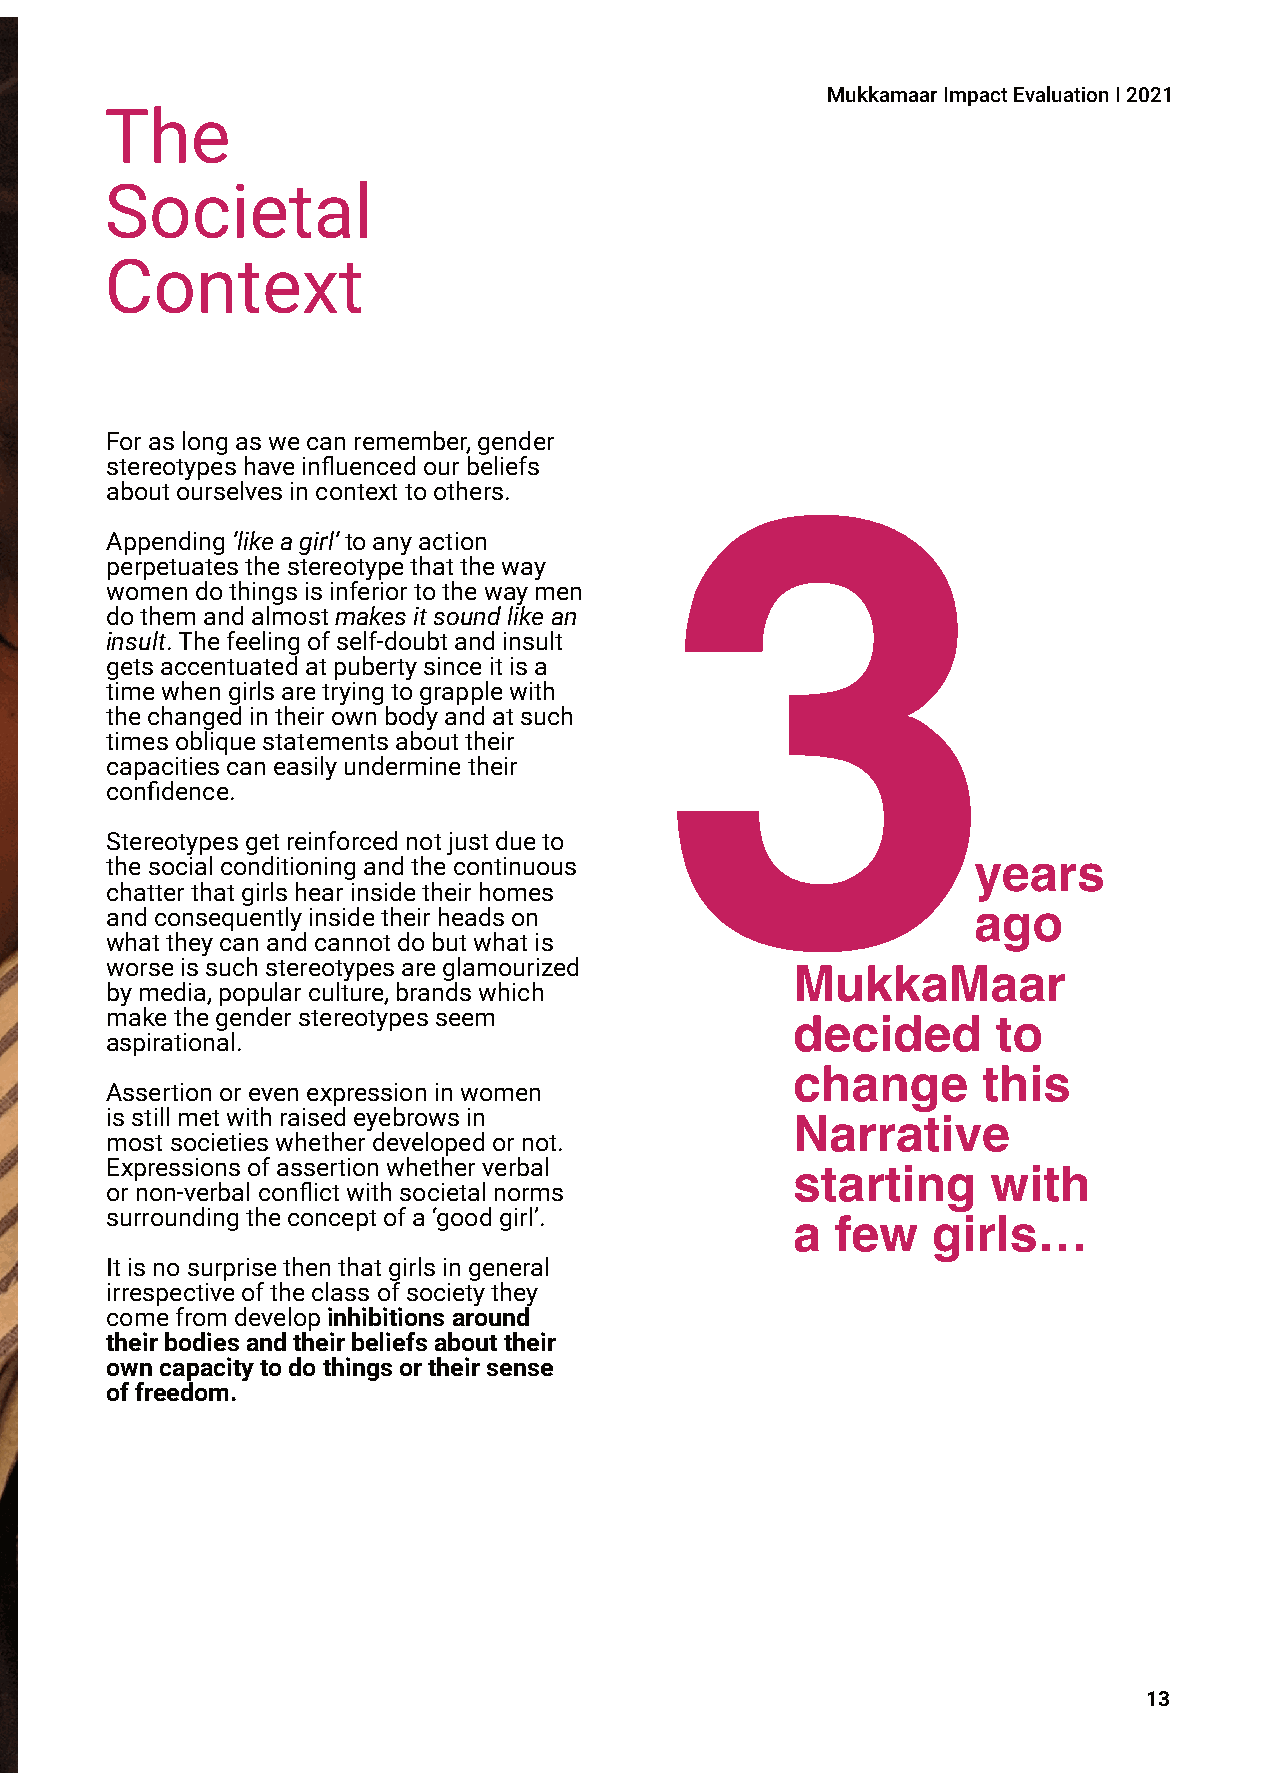
MukkamaarImpactEvaluationI2021
 The
 Societal
 Context
 Foraslongaswecanremember,gender
 3
 stereotypeshaveinfluencedourbeliefs
 aboutourselvesincontexttoothers.
 Appending‘likeagirl’toanyaction
 perpetuatesthestereotypethattheway
 womendothingsisinferiortothewaymen
 dothemandalmostmakesitsoundlikean
 insult.Thefeelingofself-doubtandinsult
 getsaccentuatedatpubertysinceitisa
 timewhengirlsaretryingtograpplewith
 thechangedintheirownbodyandatsuch
 timesobliquestatementsabouttheir
 capacitiescaneasilyunderminetheir
 confidence.
 Stereotypesgetreinforcednotjustdueto
 years
 thesocialconditioningandthecontinuous
 chatterthatgirlshearinsidetheirhomes
 ago
 andconsequentlyinsidetheirheadson
 whattheycanandcannotdobutwhatis
 worseissuchstereotypesareglamourized         MukkaMaar
 bymedia,popularculture,brandswhich
 makethegenderstereotypesseem                 decided       to
 aspirational.
 change       this
 Assertionorevenexpressioninwomen
 isstillmetwithraisedeyebrowsin               Narrative
 mostsocietieswhetherdevelopedornot.
 Expressionsofassertionwhetherverbal          starting      with
 ornon-verbalconflictwithsocietalnorms
 surroundingtheconceptofa‘goodgirl’.          a  few    girls…
 Itisnosurprisethenthatgirlsingeneral
 irrespectiveoftheclassofsocietythey
 comefromdevelopinhibitionsaround
 theirbodiesandtheirbeliefsabouttheir
 owncapacitytodothingsortheirsense
 offreedom.
 13